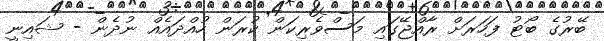
ބޭރުގެ ބޯޓު ފަހަރަށް ރާއްޖޭގައި މަސްވެރިކަން ކުރަން ހުއްދައެއް ނުދެން - ޝައިނީ